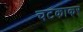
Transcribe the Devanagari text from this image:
चटकाकर